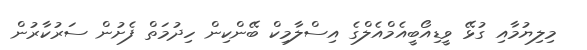
މިލިޔުމާއި ގުޅޭ ވީޑިއޯބީއެމްއެލްގެ އިސްލާމިކް ބޭންކިން ހިދުމަތް ފެށުން ސަރުކާރުން